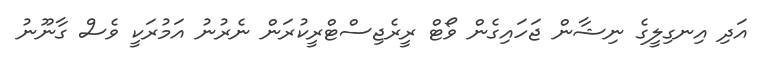
އަދި އިނގިލީގެ ނިޝާން ޖަހައިގެން ވޯޓް ރީރެޖިސްޓްރީކުރަން ނެރުނު އަމުރަކީ ވެސް ގާނޫނު